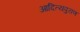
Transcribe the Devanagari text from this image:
आदित्यपुराण